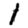
Digit: 1